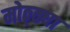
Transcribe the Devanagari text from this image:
मोठ्ठ्या